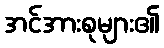
အင်အားစုများ၏